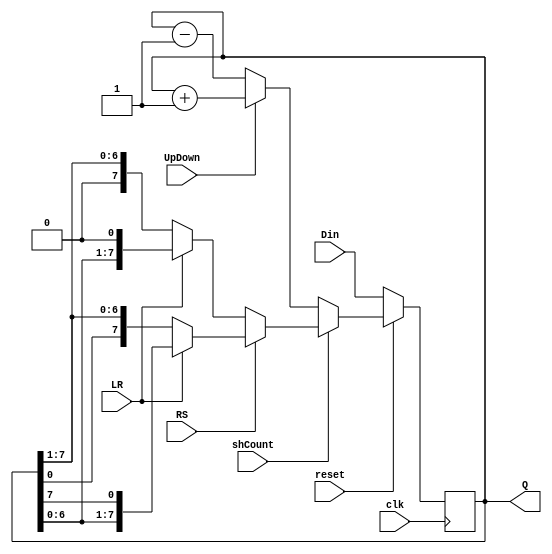
module MulF_Reg (clk,reset,shCount,LR,RS,UpDown,Din,Q);
input clk,reset,LR,RS,UpDown,shCount;
input[7:0] Din;
output reg [7:0] Q;
wire [7:0] nQ,nQ0,SL,SR,nCount,RL,RR,shD,RD,SD;

always@(posedge clk)
  Q<=nQ;

assign nQ=(reset)?nQ0:Din;
assign nQ0=(shCount)?shD:nCount;
assign nCount=(UpDown)?Q+1:Q-1;
assign shD=(RS)?RD:SD;
assign RD=(LR)?RL:RR;
assign SD=(LR)?SL:SR;

assign SL={Q[6:0],1'b0};
assign SR={1'b0,Q[7:1]};
assign RL={Q[6:0],Q[7]};
assign RR={Q[0],Q[7:1]};

endmodule